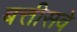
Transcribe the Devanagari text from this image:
बत्तीसवे